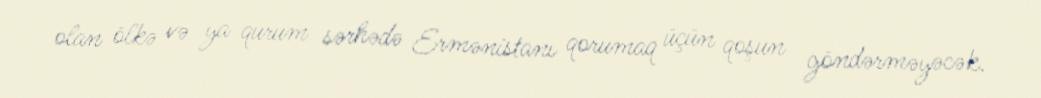
olan ölkə və ya qurum sərhədə Ermənistanı qorumaq üçün qoşun göndərməyəcək.